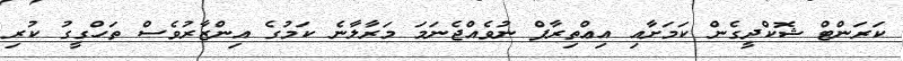
ކަރަންޓް ޝޮކްދީގެން ކަމަށާއި އިޢްތިރާފް ނުވެއްޖެނަމަ މަރާލާނެ ކަމުގެ އިންޒާރުވެސް ތަހްގީގު ކުރި